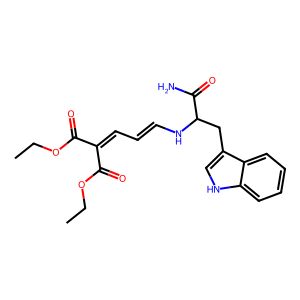
SMILES: CCOC(=O)C(=CC=CNC(Cc1c[nH]c2ccccc12)C(N)=O)C(=O)OCC
Inhibits HIV replication: No